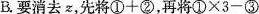
B.要消去z,先将$$①+②$$，再将$$①\times 3-③$$